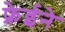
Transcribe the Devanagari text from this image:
फ्रेईने